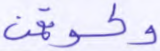
وكسوتهن